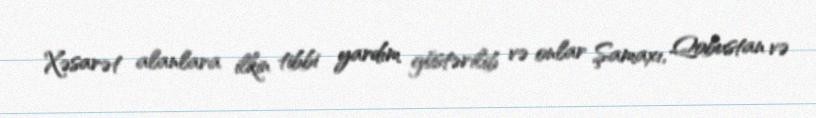
Xəsarət alanlara ilkin tibbi yardım göstərilib və onlar Şamaxı, Qobustan və